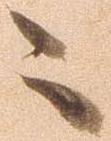
々